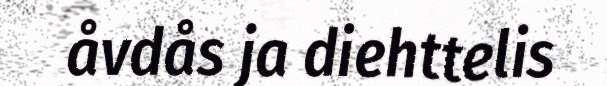
åvdås ja diehttelis